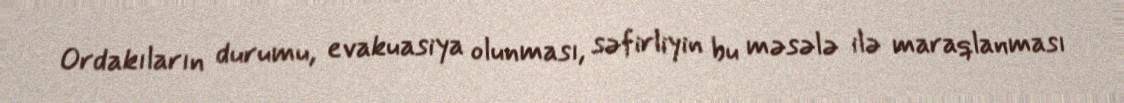
Ordakıların durumu, evakuasiya olunması, səfirliyin bu məsələ ilə maraqlanması